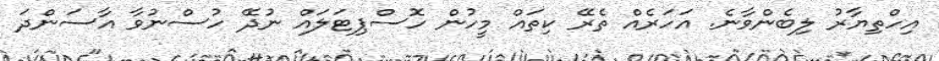
އިހްތިޔާރު ލިބެންވާނެ. އަހަރެއް ތެރޭ ކިތައް މީހުން ހޮސްޕިޓަލައް ނުދޭ ހުސްނުވާ އާސަންދަ